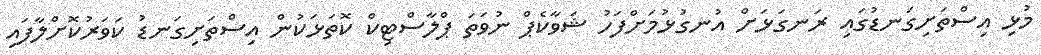
މުޅި އިސްތަށިގަނޑުގައި ރަނގަޅަށް އުނގުޅުމަށްފަހު ޝަވާކެޕް ނުވަތަ ޕްލާސްޓިކް ކޮތަޅަކުން އިސްތަށިގަނޑު ކަވަރުކޮށްލާފައި